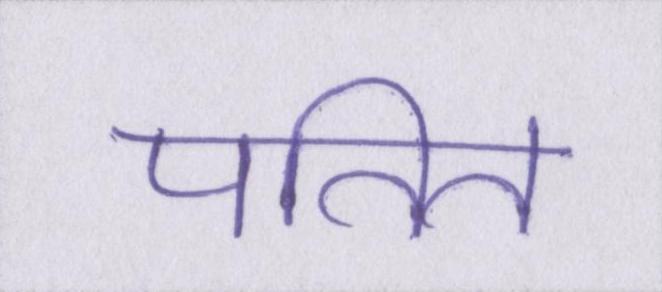
पतित